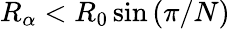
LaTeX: R_{\alpha}<R_{0}\sin{(\pi/N)}